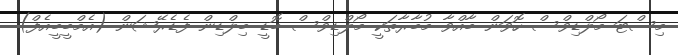
މިސްޓަ މޯލްޑިވްސް ހޮވަން ބާއްވާ މުބާރާތަކީ މޯލްޑިވްސް ބޮޑީ ބިލްޑިން ފެޑެރޭޝަން (އެމްބީބީއެފް)